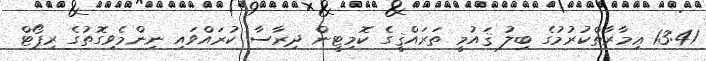
13:41 ޢިމާރާތްކުރުމުގެ ބިލު ޤައުމީ ތަރައްޤީގެ ކޮމިޓީން ދިރާސާ ކުރައްވައި ނިންމެވިގޮތުގެ ރިޕޯޓް